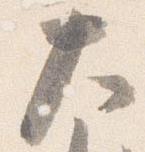
大